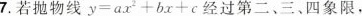
7.若抛物线$$y = a x ^ { 2 } + b x + c$$经过第二、三、四象限，